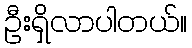
ဦးရှိလာပါတယ်။